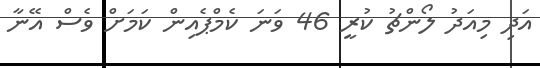
އަދި މިއަދު ލޯންޗު ކުރީ 46 ވަނަ ކެމްޕެއިން ކަމަށް ވެސް އޭނާ